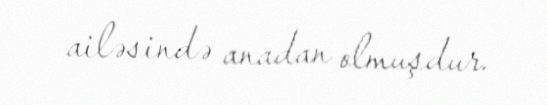
ailəsində anadan olmuşdur.